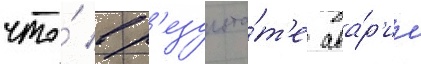
что́ в р'езульта́т'е ава́р'ии